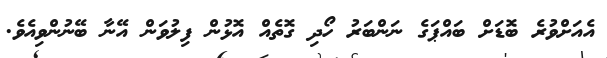
އެއަށްވުރެ ބޮޑަށް ބައްޕަގެ ނަންބަރު ހޯދި ގޮތެއް އޮޅުން ފިލުވަން އޭނާ ބޭނުންވިއެވެ.